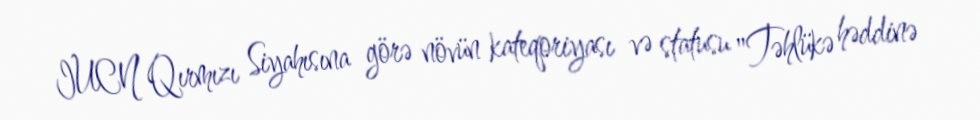
IUCN Qırmızı Siyahısına görə növün kateqoriyası və statusu "Təhlükə həddinə